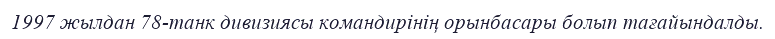
1997 жылдан 78-танк дивизиясы командирінің орынбасары болып тағайындалды.